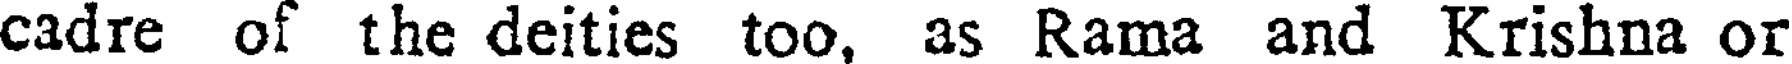
cadre of the deities too, as Rama and Krishna or